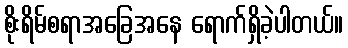
စိုးရိမ်စရာအခြေအနေ ရောက်ရှိခဲ့ပါတယ်။